Report on vaccination in the Province of Bengal - 1869-1873
Year: 1869
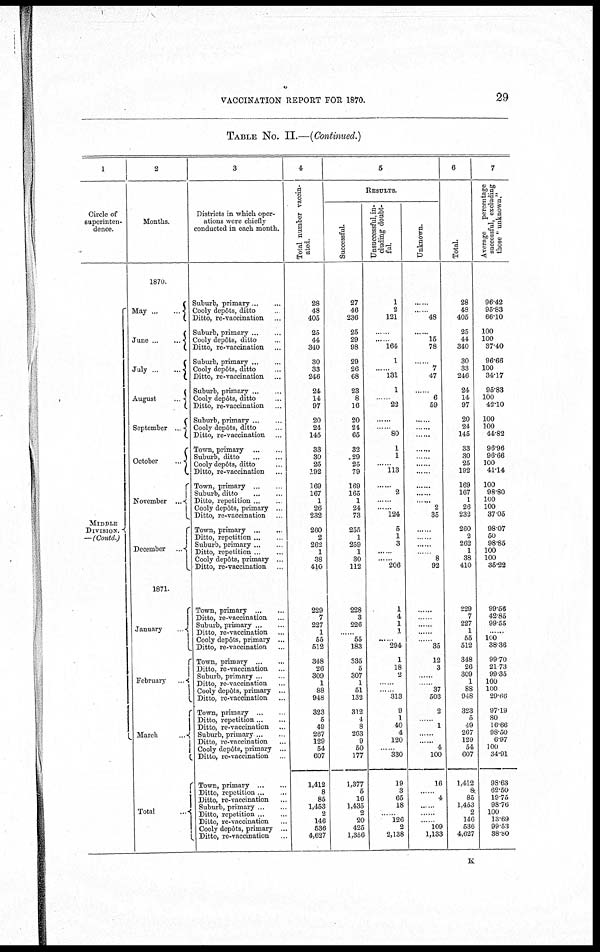
VACCINATION REPORT FOR 1870.
29
TABLE No. II.—(Continued.)
1
Circle of
superinten-
dence.
MIDDLE
DIVISION.
—(Contd.)
2
Months.
1870.
May ...
...
June
...
...
July
...
August
...
September ..
October
.
November ...
December..
1871.
January
.
February
.
March
...
Total
...
3
Districts in which oper-
ations were chiefly
conducted in each month.
Suburb,
primary... ...
Cooly depôts, ditto...
Ditto, re-vaccination ...
Suburb, primary ...
..
Cooly depôts, ditto ...
Ditto, re-vaccination ...
Suburb, primary
...
...
Cooly depôts, ditto ...
Ditto, re-vaccination ...
Suburb, primary
...
...
Cooly depôts, ditto ... ...
Ditto, re-vaccination ...
Suburb, primary... ...
Cooly depôts, ditto
Ditto, re-vaccination ...
Town, primary
...
...
Suburb, ditto
...
...
Cooly depôts, ditto.
Ditto, re-vaccination...
Town, primary ...
Suburb, ditto... ...
Ditto, repetition ...
Cooly depôts, primary .
Ditto, re-vaccination
Town,
primary...
...
Ditto, repetition ...
Suburb, primary ...
Ditto, repetition ..
Cooly depôts, primary . .
Ditto, re-vaccination...
Town, primary ...
Ditto, re-vaccination...
Suburb, primary ...
Ditto, re-vaccination.. ...
Cooly depôts, primary ...
Ditto, re-vaccination...
Town, primary... ...
Ditto, re-vaccination..
Suburb, primary ...
Ditto, re-vaccination... ...
Cooly dopôts, primary ...
Ditto, re-vaccination... ...
Town, primary ...
Ditto, repetition... ...
Ditto, re-vaccination..
Suburb, primary ...
Ditto, re-vaccination...
Cooly depôts, primary ...
Ditto, re-vaccination
Town, primary... ...
Ditto, repetition ...
Ditto, re-vaccination..
Suburb, primary... ...
Ditto, repetition... ...
Ditto, re-vaccination.
Cooly depôts, primary ...
Ditto, re-vaccination...
4
Total number vaccin-
ated.
28
48
405
25
44
340
30
33
246
24
14
97
20
24
145
33
30
25
192
169
167
1
26
232
260
2
262
1
38
410
229
7
227
1
55
512
348
26
309
1
88
948
323
5
49
267
129
54
607
1,412
8
85
1,453
2
146
536
4,627
5
RESULTS.
Successful.
27
46
236
25
29
98
29
26
68
23
8
16
20
24
65
32
29
25
79
169
165
1
24
73
255
1
259
1
30
112
228
3
226
...... 55
183
335
5
307
1
51
132
312
4
8
263
9
50
177
1,377
5
16
1,435
2
20
425
1,356
Unsuccessful, in-
cluding doubt-
ful.
1
2
121
......
..... 164
1
...... 131
1
..... 22
......
...... 80
1
1
...... 113
......
2
......
...... 124
5
1
3
... .
...... 206
1
4
1
1
... ...
294
1
18
2
......
...... 313
9
1
40
4
120
......
330
19
3
65
18
...... 126
2
2,138
Unknown.
......
... 48
......
15
78
......
7
47
......
6
59
.....
......
......
......
......
......
......
......
......
...... 2
35
......
......
......
...... 8
92
......
.. ...
... ...
... ..
......
35
12
3
...... 37
503
2
... 1
......
......
4
100
16
......
4
.. .
...... 109
1,133
6
Total.
28
48
405
25
44
340
30
33
246
24
14
97
20
24
145
33
30
25
192
169
167
1
26
232
260
2
262
1
38
410
229
7
227
1
55
512
348
26
309
1
......
88
948
323
5
49
267
129
54
607
1,412
80
85
1,453
2
146
536
4,627
7
Average percentage
successful, excluding
those " unknown."
96.42
95.83
66.10
100
100
37.40
96.66
100
34.17
95.83
100
42.10
100
100
44.82
96.96
96.66
100
41.14
100
98.80
100
100
37.05
98.07
50
98.85
100
100
35.22
99.56
42.85
99.55
. ..
100
38.36
99.70
21.73
99 35
100
...... 100
29.66
97.19
80
16.66
98.50
6.97
100
34.91
98.63
62.50
19.75
98.76
100
13.69
99.58
38.80
K